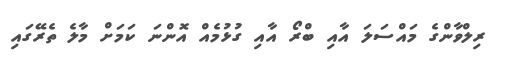
ރިލްވާންގެ މައްސަލަ އާއި ބްރޯ އާއި ގުޅުމެއް އޮންނަ ކަމަށް މާލެ ތެރޭގައި